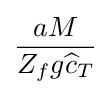
{\frac {aM}{Z_{f}g{\widehat {c}}_{T}}}